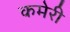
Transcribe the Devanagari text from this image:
कमेरी